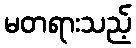
မတရားသည့်